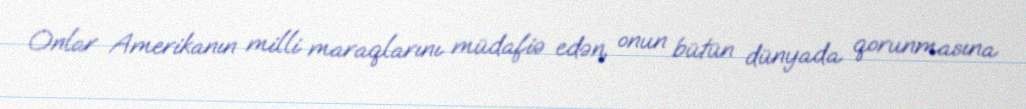
Onlar Amerikanın milli maraqlarını müdafiə edən, onun bütün dünyada qorunmasına